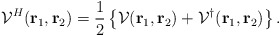
\begin{align*}{\cal V}^{H}( {\rm\bf r}_{1}, {\rm\bf r}_{2}) = {1 \over 2} \left \{ {\cal V} ( {\rm\bf r}_{1}, {\rm\bf r}_{2}) + {\cal V}^{\dag}( {\rm\bf r}_{1}, {\rm\bf r}_{2})\right \} . \end{align*}